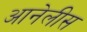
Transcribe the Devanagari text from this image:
आनेलीस